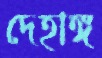
দেহাঙ্গ